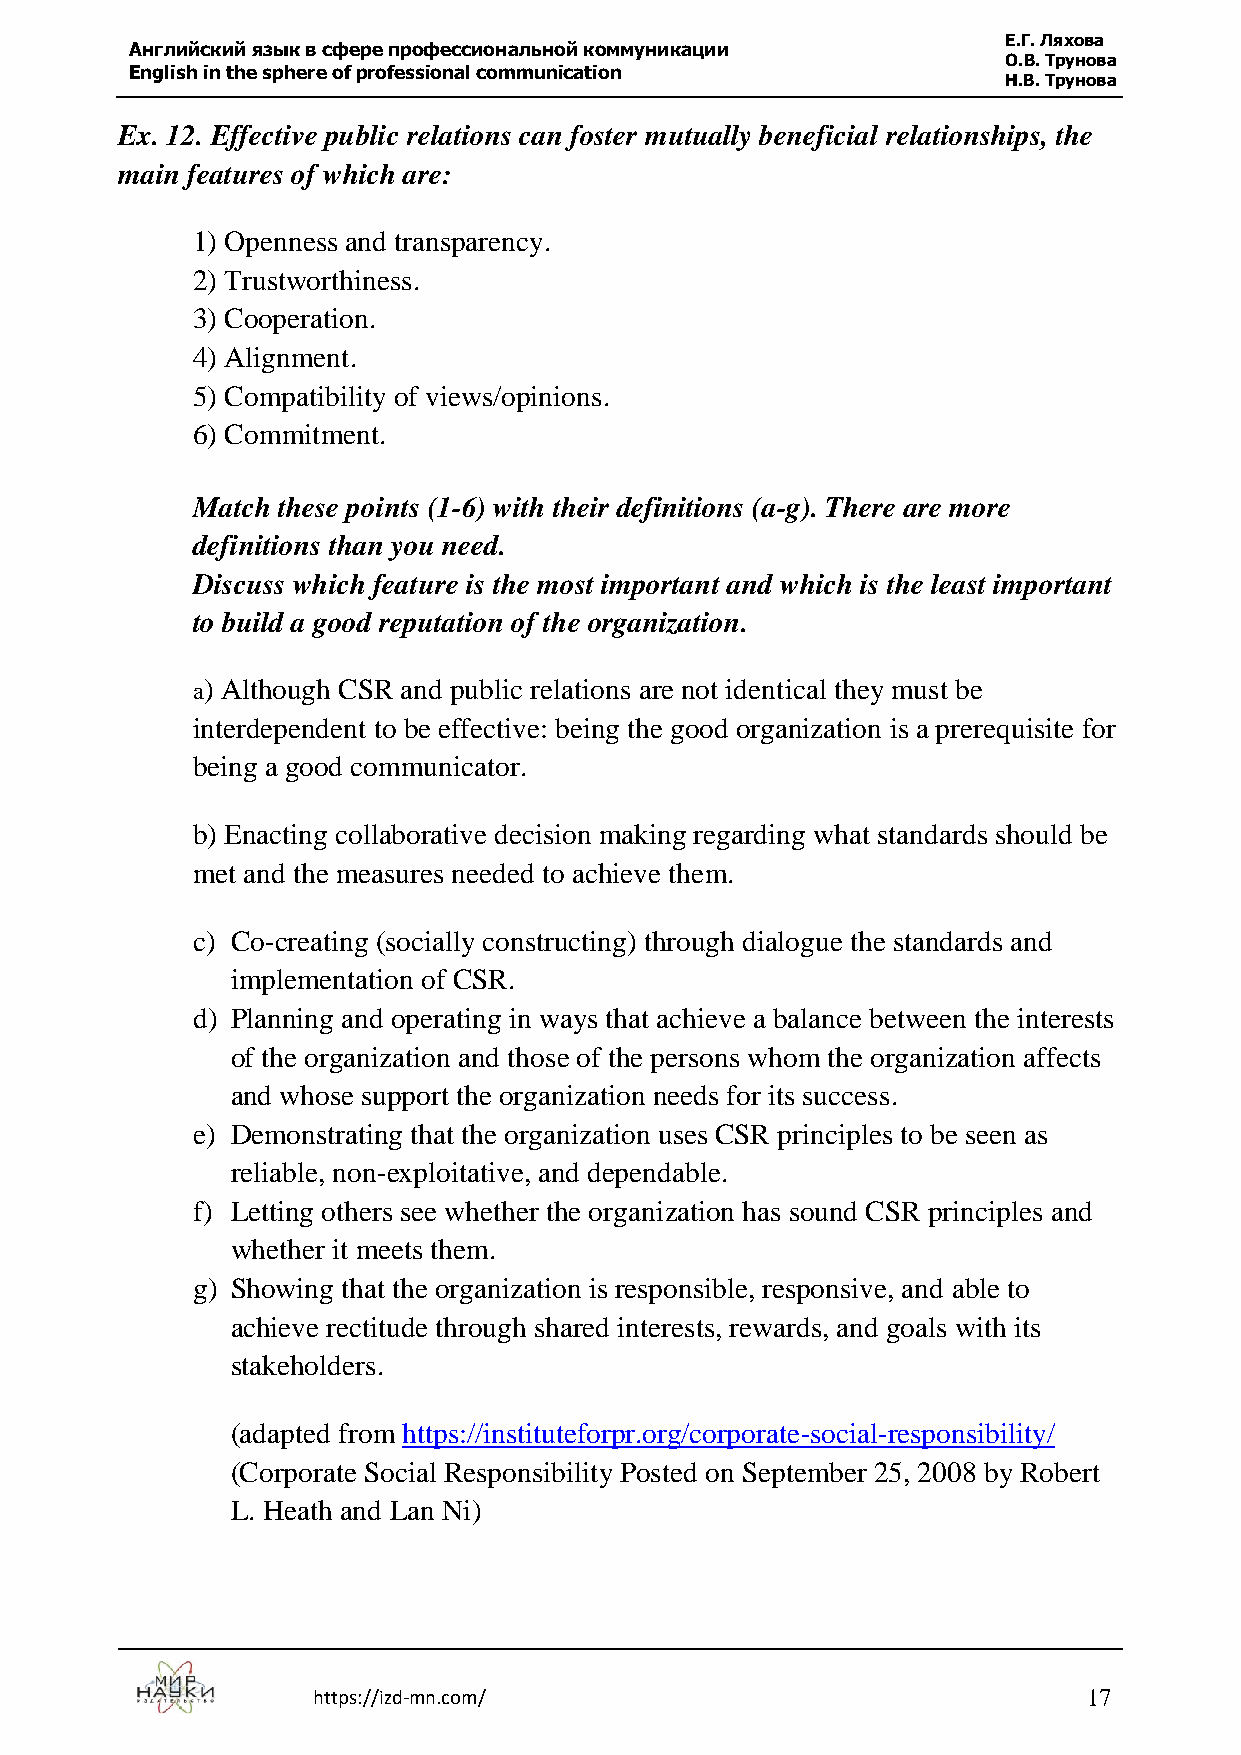
Е.Г. Ляхова
 Английский язык в сфере профессиональной коммуникации
 О.В. Трунова
 English in the sphere of professional communication
 Н.В. Трунова
 Ex. 12. Effective public relations can foster mutually beneficial relationships, the
 main features of which are:
 1) Openness and transparency.
 2) Trustworthiness.
 3) Cooperation.
 4) Alignment.
 5) Compatibility of views/opinions.
 6) Commitment.
 Match these points (1-6) with their definitions (a-g). There are more
 definitions than you need.
 Discuss which feature is the most important and which is the least important
 to build a good reputation of the organization.
 a) Although CSR and public relations are not identical they must be
 interdependent to be effective: being the good organization is a prerequisite for
 being a good communicator.
 b) Enacting collaborative decision making regarding what standards should be
 met and the measures needed to achieve them.
 c) Co-creating (socially constructing) through dialogue the standards and
 implementation of CSR.
 d) Planning and operating in ways that achieve a balance between the interests
 of the organization and those of the persons whom the organization affects
 and whose support the organization needs for its success.
 e) Demonstrating that the organization uses CSR principles to be seen as
 reliable, non-exploitative, and dependable.
 f) Letting others see whether the organization has sound CSR principles and
 whether it meets them.
 g) Showing that the organization is responsible, responsive, and able to
 achieve rectitude through shared interests, rewards, and goals with its
 stakeholders.
 (adapted from https://instituteforpr.org/corporate-social-responsibility/
 (Corporate Social Responsibility Posted on September 25, 2008 by Robert
 L. Heath and Lan Ni)
 https://izd-mn.com/                                17